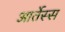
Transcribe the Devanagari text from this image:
आर्तेस्स